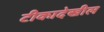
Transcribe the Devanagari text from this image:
टीकादेखील